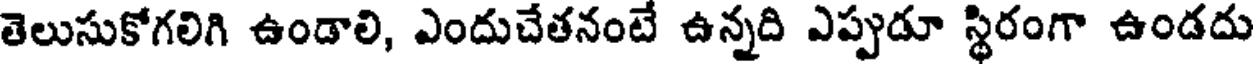
తెలుసుకోగలిగి ఉండాలి, ఎందుచేతనంటే ఉన్నది ఎప్పుడూ స్థిరంగా ఉండదు